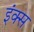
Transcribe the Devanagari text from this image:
इंक्स